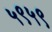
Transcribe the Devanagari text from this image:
५९५९